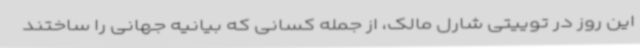
این روز در توییتی شارل مالک، از جمله کسانی که بیانیه جهانی را ساختند